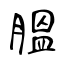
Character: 膃